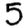
Digit: 5